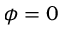
{ \phi } = 0